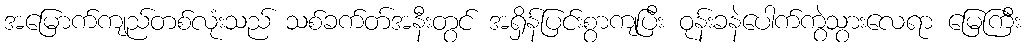
အမြောက်ကျည်တစ်လုံးသည် သစ်ခက်တ်အနီးတွင် အရှိန်ပြင်းစွာကျပြီး ဝုန်းခနဲပေါက်ကွဲသွားလေရာ မြေကြီး